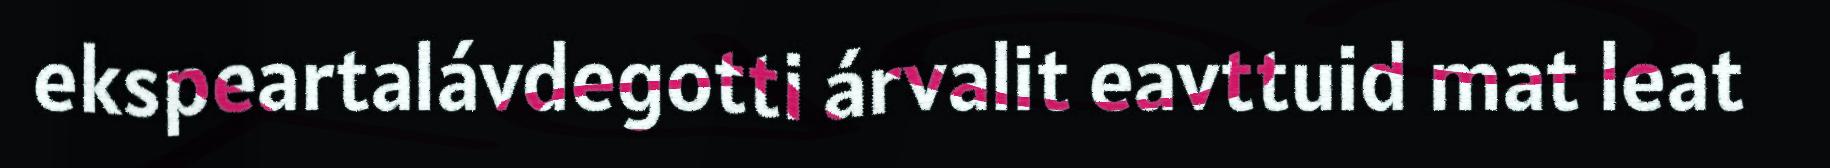
ekspeartalávdegotti árvalit eavttuid mat leat